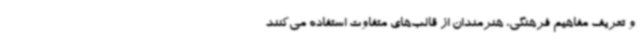
و تعریف مفاهیم فرهنگی، هنرمندان از قالب‌های متفاوت استفاده می‌کنند